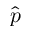
\hat { p }